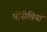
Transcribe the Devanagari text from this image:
पोंसेत्तिया